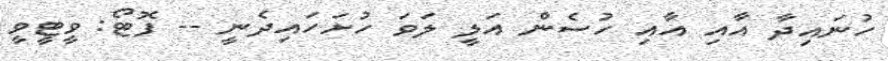
ހުނައިދާ އާއި އާއި ހުސެން އަލީ ލަވަ ހުށަހައިދެނީ -- ފޮޓޯ: ވީޓީވީ